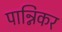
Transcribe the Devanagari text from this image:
पान्निकर